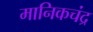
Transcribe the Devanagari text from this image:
मानिकचंद्र